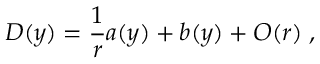
D ( y ) = { \frac { 1 } { r } } a ( y ) + b ( y ) + { \cal O } ( r ) \; ,